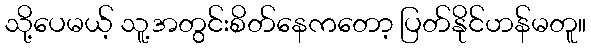
သို့ပေမယ့် သူ့အတွင်းစိတ်နေကတော့ ပြတ်နိုင်ဟန်မတူ။